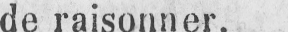
de raisonner.